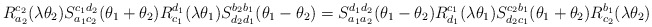
\begin{align*}R_{a_2}^{c_2}(\lambda\theta_2)S_{a_1 c_2}^{c_1 d_2}(\theta_1+\theta_2)R_{c_1}^{d_1}(\lambda\theta_1)S_{d_2 d_1}^{b_2 b_1}(\theta_1 -\theta_2) = S_{a_1 a_2}^{d_1 d_2}(\theta_1-\theta_2)R_{d_1}^{c_1}(\lambda\theta_1)S_{d_2 c_1}^{c_2 b_1}(\theta_1 + \theta_2)R_{c_2}^{b_1}(\lambda\theta_2)\end{align*}